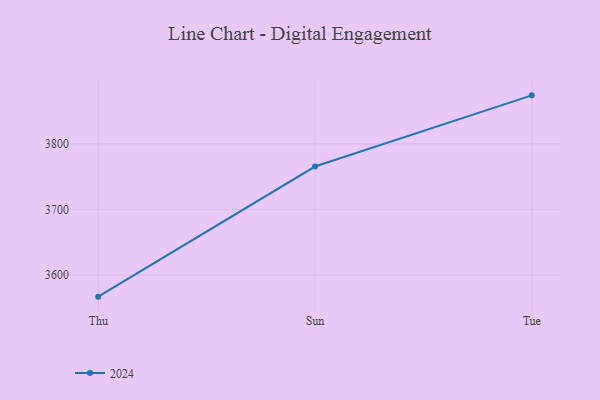
{"axis": {"x": "Day", "y": "Bounce Rate (%)"}, "legend": ["2024"], "data": [{"x": "Thu", "y": 3567.0, "type": "2024"}, {"x": "Sun", "y": 3765.4, "type": "2024"}, {"x": "Tue", "y": 3873.9, "type": "2024"}]}